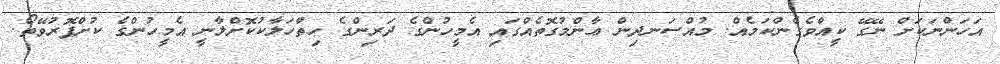
އަހަންނަކަށް ނޭގޭ ކީއްވެގެންކަމެއް. މުއްސަނދިން ޢާންމުގޮތެއްގައި އެމީހުންގެ ދަރިންގެ ހިތްހަލާކުކޮށްލާނީ އެމީހުންގެ ކުށްފޮރުވޭތޯ.